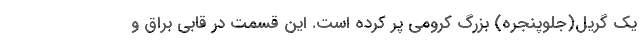
یک گریل(جلوپنجره) بزرگ کرومی پر کرده است. این قسمت در قابی براق و